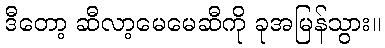
ဒီတော့ ဆီလာ့မေမေဆီကို ခုအမြန်သွား။